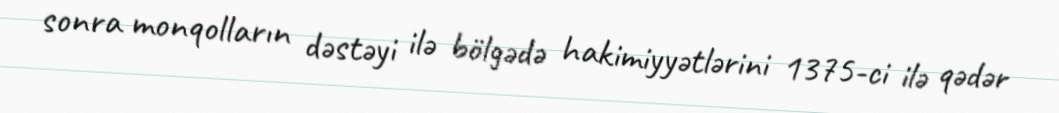
sonra monqolların dəstəyi ilə bölgədə hakimiyyətlərini 1375-ci ilə qədər